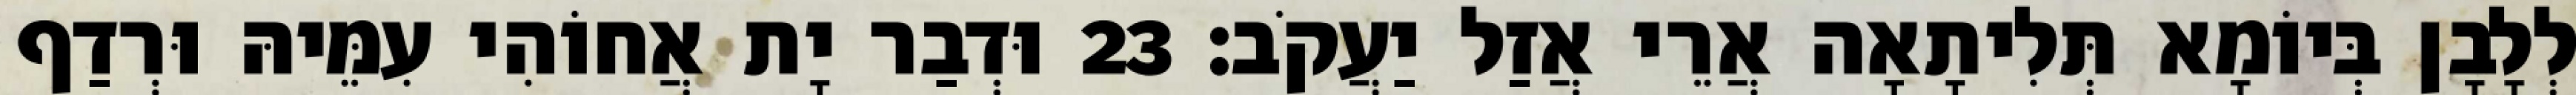
לְלָבָן בְּיוֹמָא תְּלִיתָאָה אֲרֵי אֲזַל יַעֲקֹב׃ 23 וּדְבַר יָת אֲחוֹהִי עִמֵּיהּ וּרְדַף